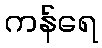
ကန်ရေ